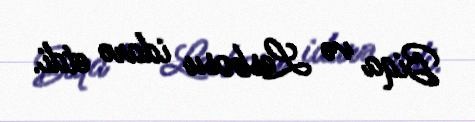
Biqa və Lesbosu idarə etdi.